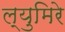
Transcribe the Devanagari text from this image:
ल्युमिरे